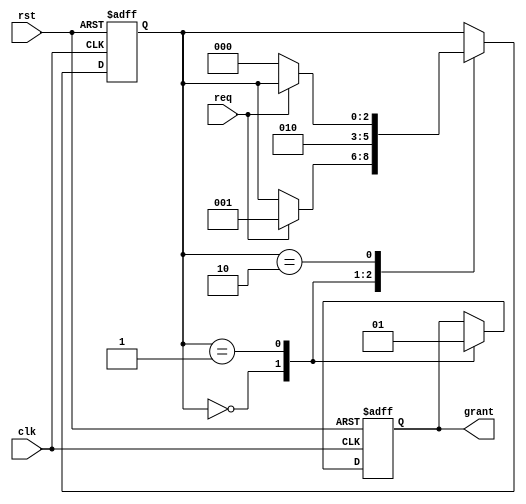
module serial_arbiter (
    input wire clk,
    input wire rst,
    input wire req,
    output reg grant
);

reg [2:0] state;

always @ (posedge clk or posedge rst) begin
    if (rst) begin
        state <= 3'b000;
        grant <= 1'b0;
    end else begin
        case (state)
            3'b000: begin // idle state
                grant <= 1'b0;
                if (req) begin
                    state <= 3'b001;
                end
            end
            3'b001: begin // granting access
                grant <= 1'b1;
                state <= 3'b010;
            end
            3'b010: begin // waiting for data transmission
                if (!req) begin
                    state <= 3'b000;
                end
            end
        endcase
    end
end

endmodule